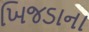
ખિજડાના